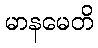
မာနမေတိ